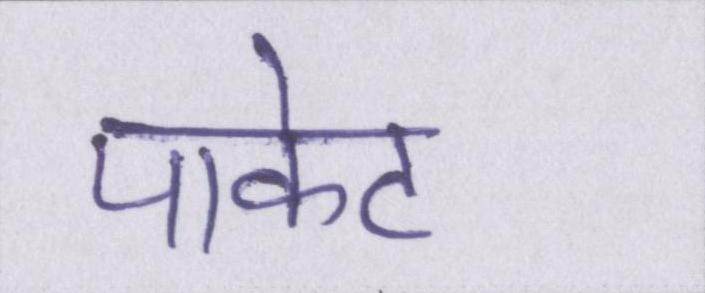
पाकेट